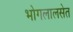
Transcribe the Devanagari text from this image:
भोगलालसेत